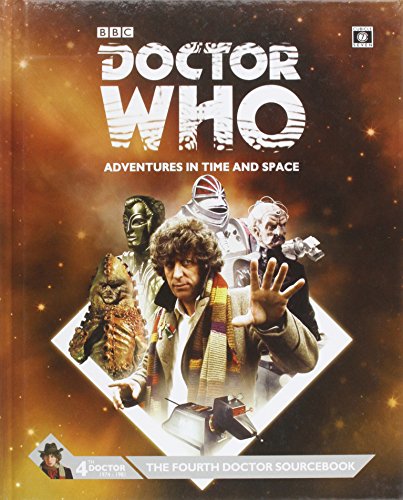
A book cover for Dr Who Fourth Doctor Sourcebook; Cubicle 7.; Science Fiction & Fantasy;